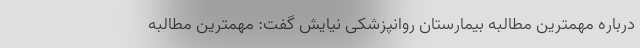
درباره مهمترین مطالبه بیمارستان روانپزشکی نیایش گفت: مهمترین مطالبه